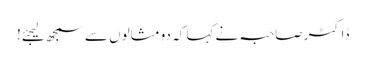
ڈاکٹر صاحبہ نے کہا کہ دو مثالوں سے سمجھ لیجئے!